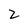
Character: 2